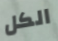
الكل